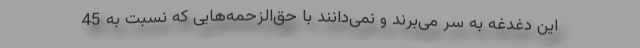
این دغدغه به سر می‌برند و نمی‌دانند با حق‌الزحمه‌هایی كه نسبت به 45